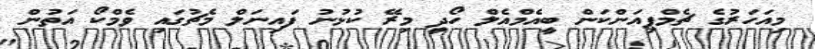
މިއަހަރުގެ ޗެމްޕިއަންކަން ބީއެމްއެލް ހޯދީ މިރޭ ކުޅުނު ފައިނަލް މެޗުގައި ވެމްކޯ އަތުން